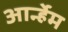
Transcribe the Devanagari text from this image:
आर्न्हेम